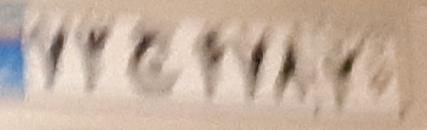
۷۳ج۴۷۸۲۰